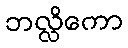
ဘလ္လိကော